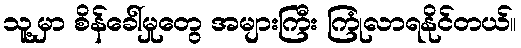
သူ့မှာ စိန်ခေါ်မှုတွေ အများကြီး ကြုံလာရနိုင်တယ်။